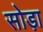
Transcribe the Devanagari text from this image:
सोड़ा